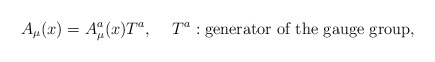
\begin{align*}A_\mu(x)=A^a_\mu(x)T^a,\hspace{5mm}T^a:\mbox{\rm generator of the gauge group},\end{align*}